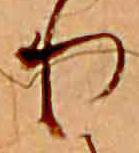
り